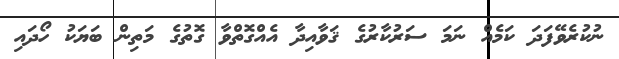
ނުކުރެވޭފަދަ ކަމެއް ނަމަ ސަރުކާރުގެ ޤަވާއިދާ އެއްގޮތްވާ ގޮތުގެ މަތިން ބަޔަކު ހޯދައި